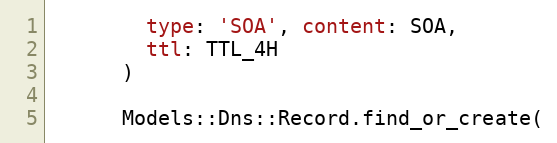
Language: Ruby
        type: 'SOA', content: SOA,
        ttl: TTL_4H
      )

      Models::Dns::Record.find_or_create(